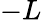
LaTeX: -L